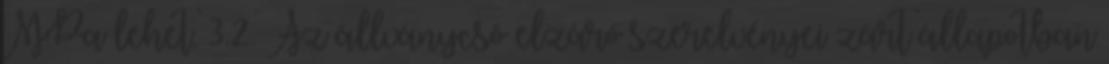
MPa lehet. 3.2. Az állványcsõ elzáró szerelvényei zárt állapotban